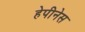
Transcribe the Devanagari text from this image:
हेपीनेस